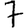
Digit: 7